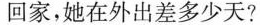
回家，她在外出差多少天?